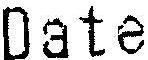
DATE